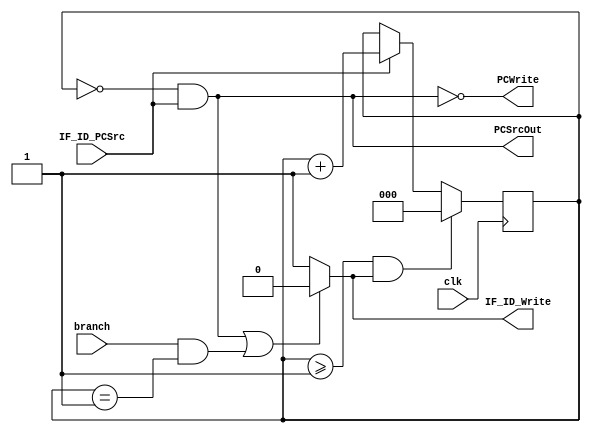
module ctrlHDU(
input clk,
input IF_ID_PCSrc,
input branch,
output reg IF_ID_Write,
output PCWrite,
output PCSrcOut
);
reg [2:0] count;

assign PCSrcOut = (count==2'd0) & IF_ID_PCSrc;
assign PCWrite = ~PCSrcOut; //to disable PC for 1 clk cycle
initial
begin
count = 2'd0;
IF_ID_Write = 1;
end

always @(posedge clk)
	begin
		if(IF_ID_PCSrc)
			count <= count + 1;
		if((count>=1) & IF_ID_Write)
			count <= 2'd0;
	end
	
always @(*)
begin
    if(PCSrcOut | (branch & (count==2'd1)))
		IF_ID_Write <= 0;
    else
		IF_ID_Write <= 1;
end

endmodule